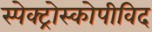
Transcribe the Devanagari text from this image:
स्पेक्ट्रोस्कोपीविद